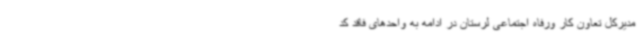
مدیرکل تعاون کار ورفاه اجتماعی لرستان در ادامه به واحدهای فاقد کد